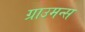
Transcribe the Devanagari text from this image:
ग्राउमन्स